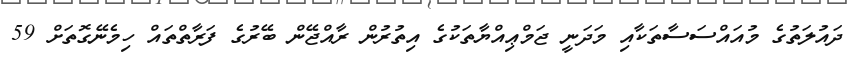
ދައުލަތުގެ މުއައްސަސާތަކާއި މަދަނީ ޖަމްޢިއްޔާތަކުގެ އިތުރުން ރާއްޖޭން ބޭރުގެ ފަރާތްތައް ހިމެނޭގޮތަށް 59